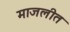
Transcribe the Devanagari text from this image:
माजलीत